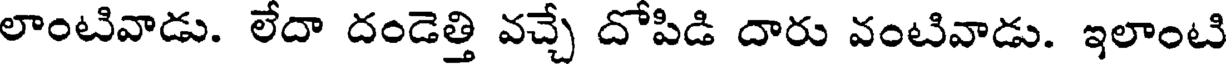
లాంటివాడు. లేదా దండెత్తి వచ్చే దోపిడి దారు వంటివాడు. ఇలాంటి